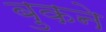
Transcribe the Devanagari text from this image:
बुकने